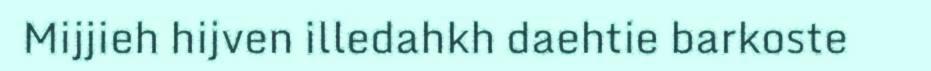
Mijjieh hijven illedahkh daehtie barkoste